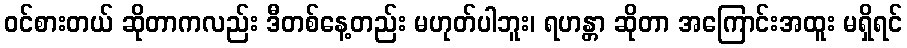
ဝင်စားတယ် ဆိုတာကလည်း ဒီတစ်နေ့တည်း မဟုတ်ပါဘူး၊ ရဟန္တာ ဆိုတာ အကြောင်းအထူး မရှိရင်